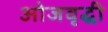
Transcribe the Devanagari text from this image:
ओजवृद्धी